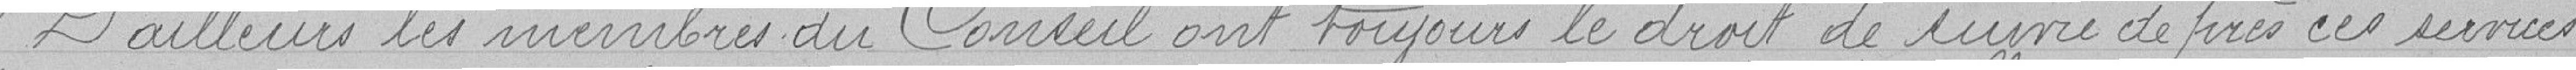
D'ailleurs les membres du Conseil ont toujours le droit de suivre de près ces services